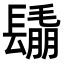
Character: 𨲰